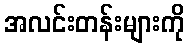
အလင်းတန်းများကို